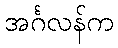
အင်္ဂလန်က